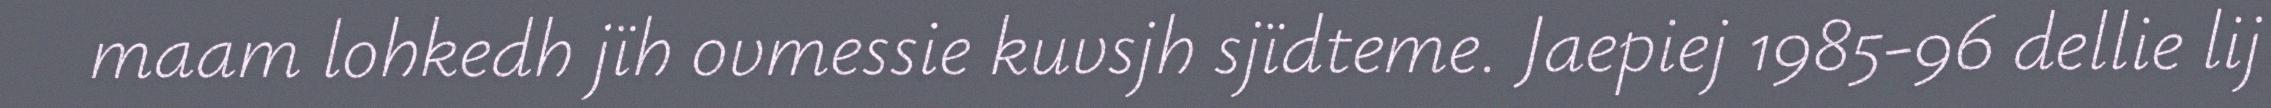
maam lohkedh jïh ovmessie kuvsjh sjïdteme. Jaepiej 1985-96 dellie lij